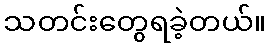
သတင်းတွေရခဲ့တယ်။